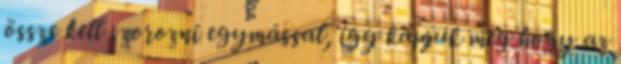
össze kell szorozni egymással, így kapjuk meg hogy az